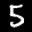
Label: 5